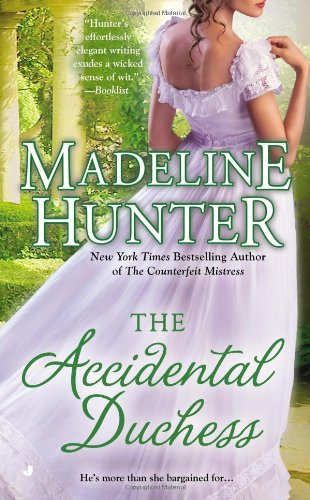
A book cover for The Accidental Duchess; Madeline Hunter; Romance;